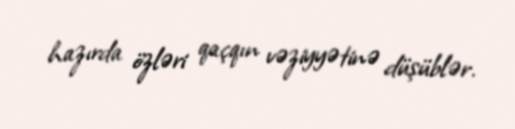
hazırda özləri qaçqın vəziyyətinə düşüblər.